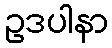
ဥဒပါနာ